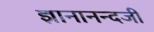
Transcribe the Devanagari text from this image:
ज्ञानानन्दजी